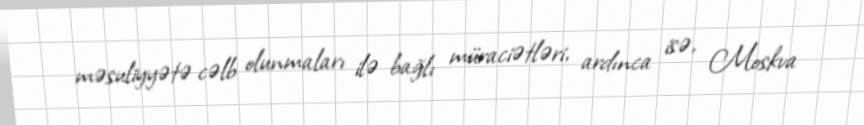
məsuliyyətə cəlb olunmaları ilə bağlı müraciətləri, ardınca isə, Moskva